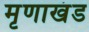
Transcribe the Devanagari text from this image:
मृणाखंड